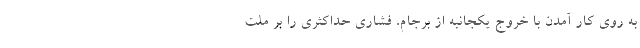
به روی کار آمدن با خروج یکجانبه از برجام، فشاری حداکثری را بر ملت